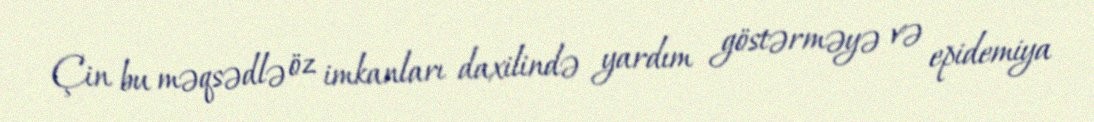
Çin bu məqsədlə öz imkanları daxilində yardım göstərməyə və epidemiya